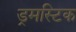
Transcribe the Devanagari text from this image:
ड्रमस्टिक